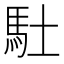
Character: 𩡶